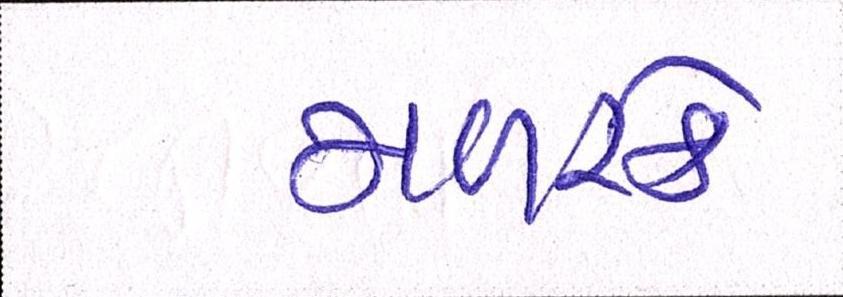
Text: મળસ્કે